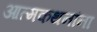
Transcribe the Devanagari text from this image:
आत्मकथनांना